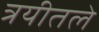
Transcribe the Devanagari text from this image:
त्रयीतले